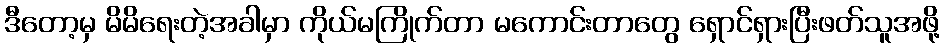
ဒီတော့မှ မိမိရေးတဲ့အခါမှာ ကိုယ်မကြိုက်တာ မကောင်းတာတွေ ရှောင်ရှားပြီးဖတ်သူအဖို့